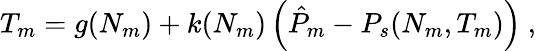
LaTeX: \begin{array}{r}{T_{m}=g(N_{m})+k(N_{m})\left(\hat{P}_{m}-P_{s}(N_{m},T_{m})\right)\ ,}\end{array}